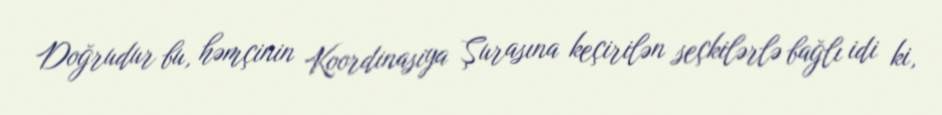
Doğrudur bu, həmçinin Koordinasiya Şurasına keçirilən seçkilərlə bağlı idi ki,